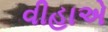
વીહાએ